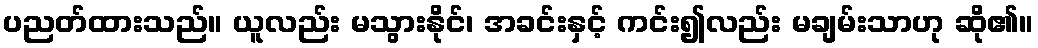
ပညတ်ထားသည်။ ယူလည်း မသွားနိုင်၊ အခင်းနှင့် ကင်း၍လည်း မချမ်းသာဟု ဆို၏။